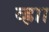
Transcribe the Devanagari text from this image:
ब्ह्राा